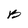
Character: B